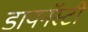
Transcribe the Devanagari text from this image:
डायनॅस्टी